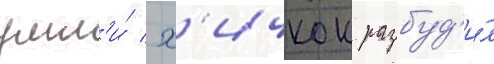
ушл'и́ / х'ичкок разбуд'и́л